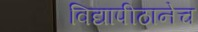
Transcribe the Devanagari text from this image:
विद्यापीठानेच